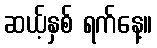
ဆယ့်နှစ် ရက်နေ့။